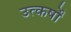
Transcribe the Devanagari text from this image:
उत्कर्षों